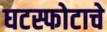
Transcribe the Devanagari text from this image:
घटस्फोटाचे